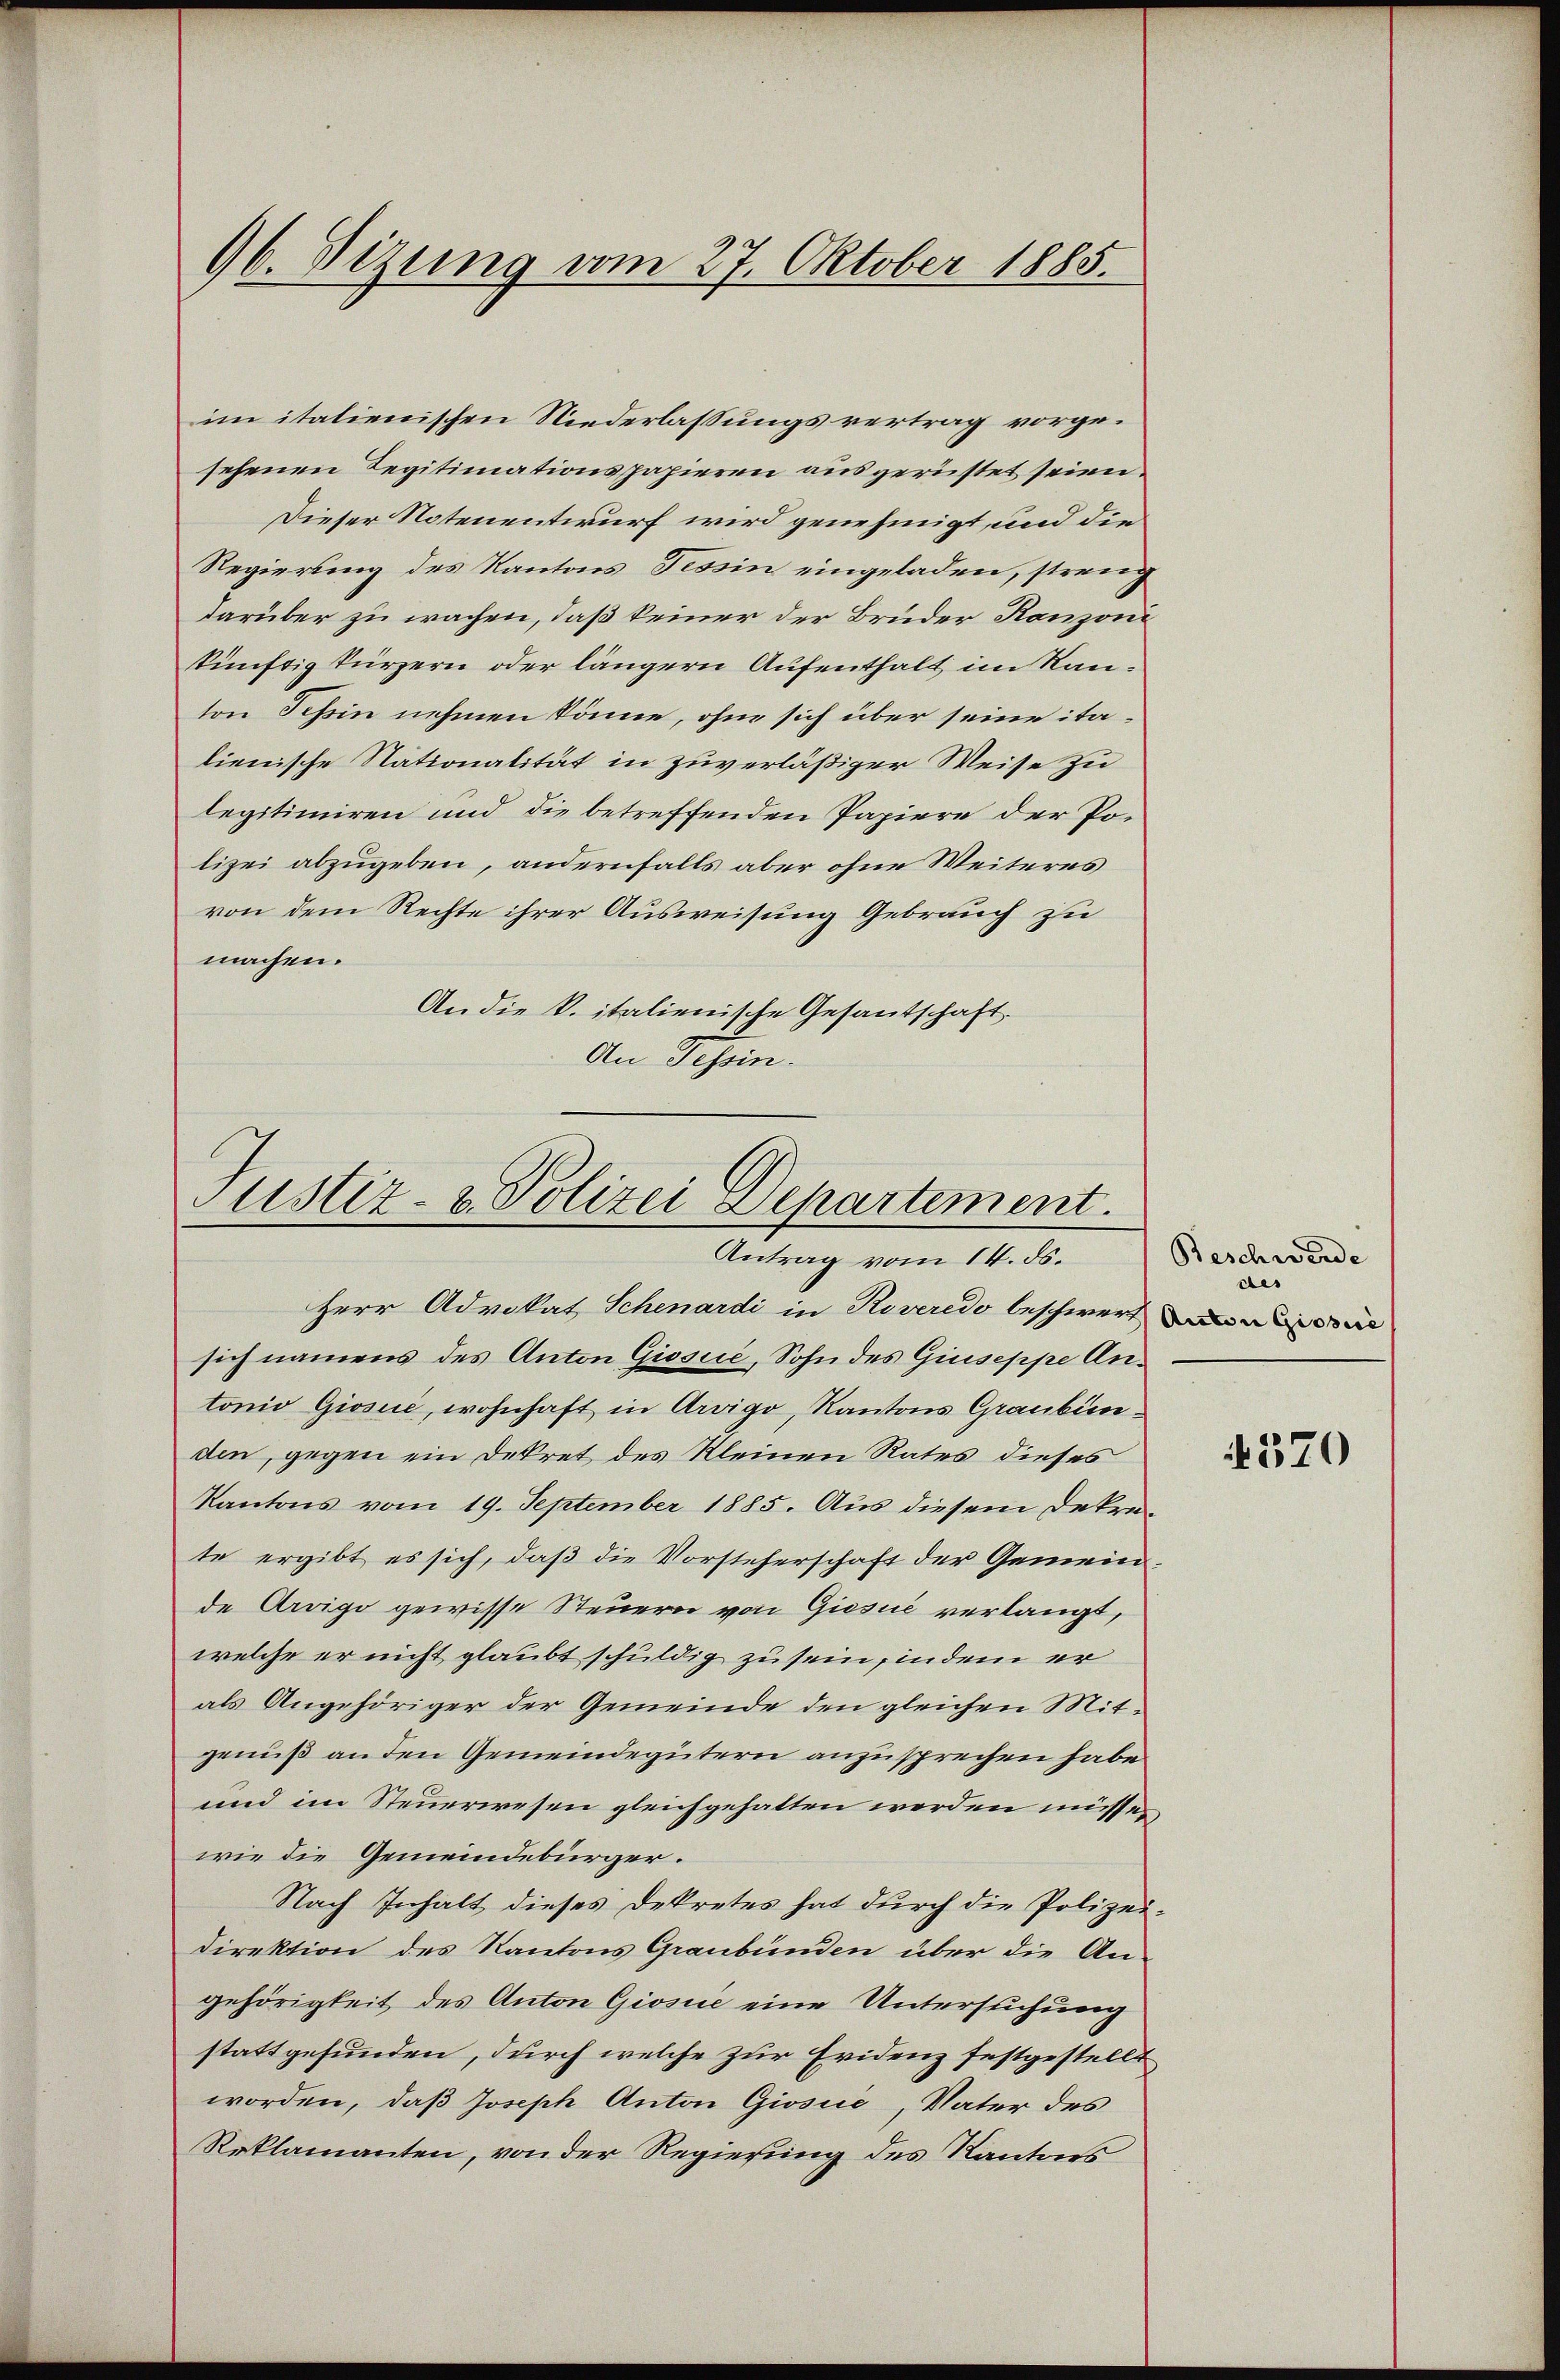
96. Sizung vom 27. Oktober 1885.

im italienischen Niederlassungsvertrag vorgesehenen Regitimationspapieren ausgerüstet seien.
Dieser Notenentwurf wird genehmigt, und die
Regierung des Kantons Tessin eingeladen, streng
darüber zu wachen, daß keiner der Bruder Ranzoni
künftig kürzern oder längern Aufenthalt im Ranton Tessin nehmen könne, ohne sich über seine italienische Stationalität in zuverläßiger Weise zu
legitimiren und die betreffenden Papiere der Polizei abzugeben, andernfalls aber ohne Weiteres
von dem Rechte ihrer Ausweisung Gebrauch zu
machen.
An die k. italienische Gesantschaft.
An Tessin.

Justiz- & Polizei Departement.
Antrag vom 14. ds.

Herr Advokat Schenardi in Roveredo beschwert
sich namens des Anton Gissue, Sohn des Giuseppe Antonio Giosie, wohnhaft in Arvigo, Kantons Graubünden, gegen ein Dekret des kleinen Rates dieses
Kantons vom 19. September 1885. Aus diesem Dekrete ergibt es sich, daß die Vorsteherschaft der Gemeinde Arvigo gewisse Steuern von Giesuć verlangt,
welche er nicht glaubt schuldig zu sein, indem er
als Angehöriger der Gemeinde den gleichen Mitgenuß an den Gemeindegütern anzusprechen habe
und im Steuerwesen gleichgehalten werden müsse.
wie die Gemeindebürger.
Nach Inhalt dieses Dekretes hat durch die Polizeidirektion des Kantons Graubünden über die An-
gehörigkeit des Anton Giosie eine Untersuchung
stattgefunden, durch welche zur Evidenz festgestellt
worden, daß Joseph Anton Giosice, Vater des
Reklamanten, von der Regierung des Kantons

Beschwerde
des

370